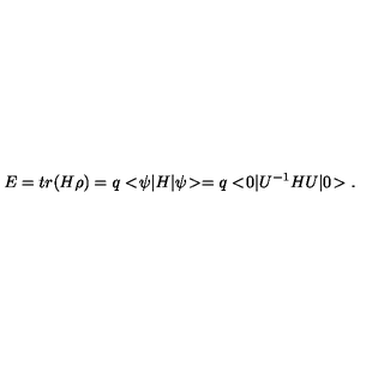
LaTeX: E = t r ( H \rho ) = q < \! \psi | H | \psi \! > = q < \! 0 | U ^ { - 1 } H U | 0 \! > .